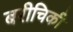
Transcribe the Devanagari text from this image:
बरीचिकी